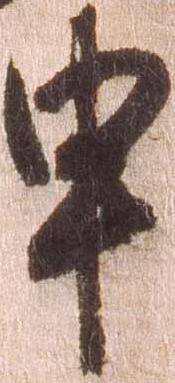
申